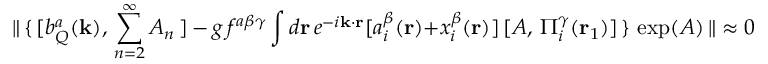
{ \| } \, \{ \, [ b _ { Q } ^ { a } ( { \bf { k } } ) , \, \sum _ { n = 2 } ^ { \infty } { \cal A } _ { n } \, ] \, - \, g \, f ^ { a \beta \gamma } \int d { \bf { r } } \, e ^ { - i { \bf { k \cdot r } } } [ a _ { i } ^ { \beta } ( { \bf { r } } ) + x _ { i } ^ { \beta } ( { \bf { r } } ) ] \, [ { \cal A } , \, \Pi _ { i } ^ { \gamma } ( { \bf r } _ { 1 } ) ] \, \} \, \exp ( { \cal A } ) \, { \| } \approx 0 \; .